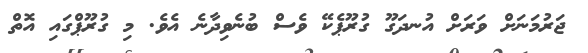
ޖަރުމަނަށް ވަރަށް އުނދަގޫ ގުރޫޕެކޭ ވެސް ބުނެވިދާނެ އެވެ. މި ގުރޫޕްގައި އޮތް